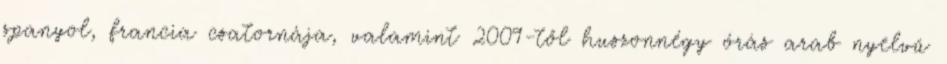
spanyol, francia csatornája, valamint 2009-től huszonnégy órás arab nyelvű